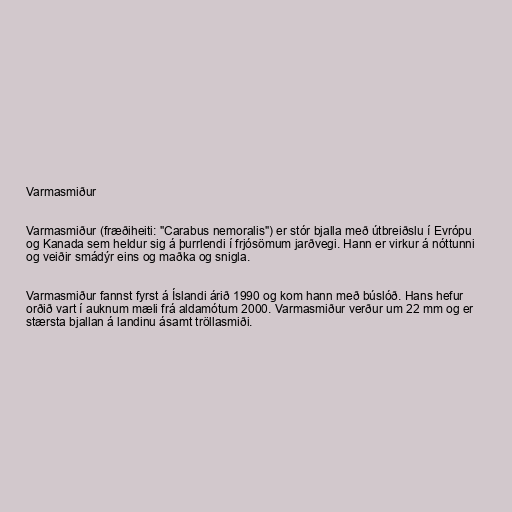
Varmasmiður

Varmasmiður (fræðiheiti: "Carabus nemoralis") er stór bjalla með útbreiðslu í Evrópu
og Kanada sem heldur sig á þurrlendi í frjósömum jarðvegi. Hann er virkur á nóttunni
og veiðir smádýr eins og maðka og snigla.

Varmasmiður fannst fyrst á Íslandi árið 1990 og kom hann með búslóð. Hans hefur
orðið vart í auknum mæli frá aldamótum 2000. Varmasmiður verður um 22 mm og er
stærsta bjallan á landinu ásamt tröllasmiði.